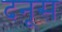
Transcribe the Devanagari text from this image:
दनूस